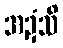
အဍံသိ